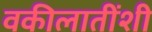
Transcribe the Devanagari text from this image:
वकीलातींशी